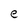
Character: e